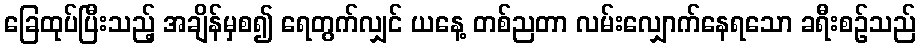
ခြေထုပ်ပြီးသည့် အချိန်မှစ၍ ရေတွက်လျှင် ယနေ့ တစ်ညတာ လမ်းလျှောက်နေရသော ခရီးစဉ်သည်